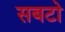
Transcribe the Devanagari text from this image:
सबटो